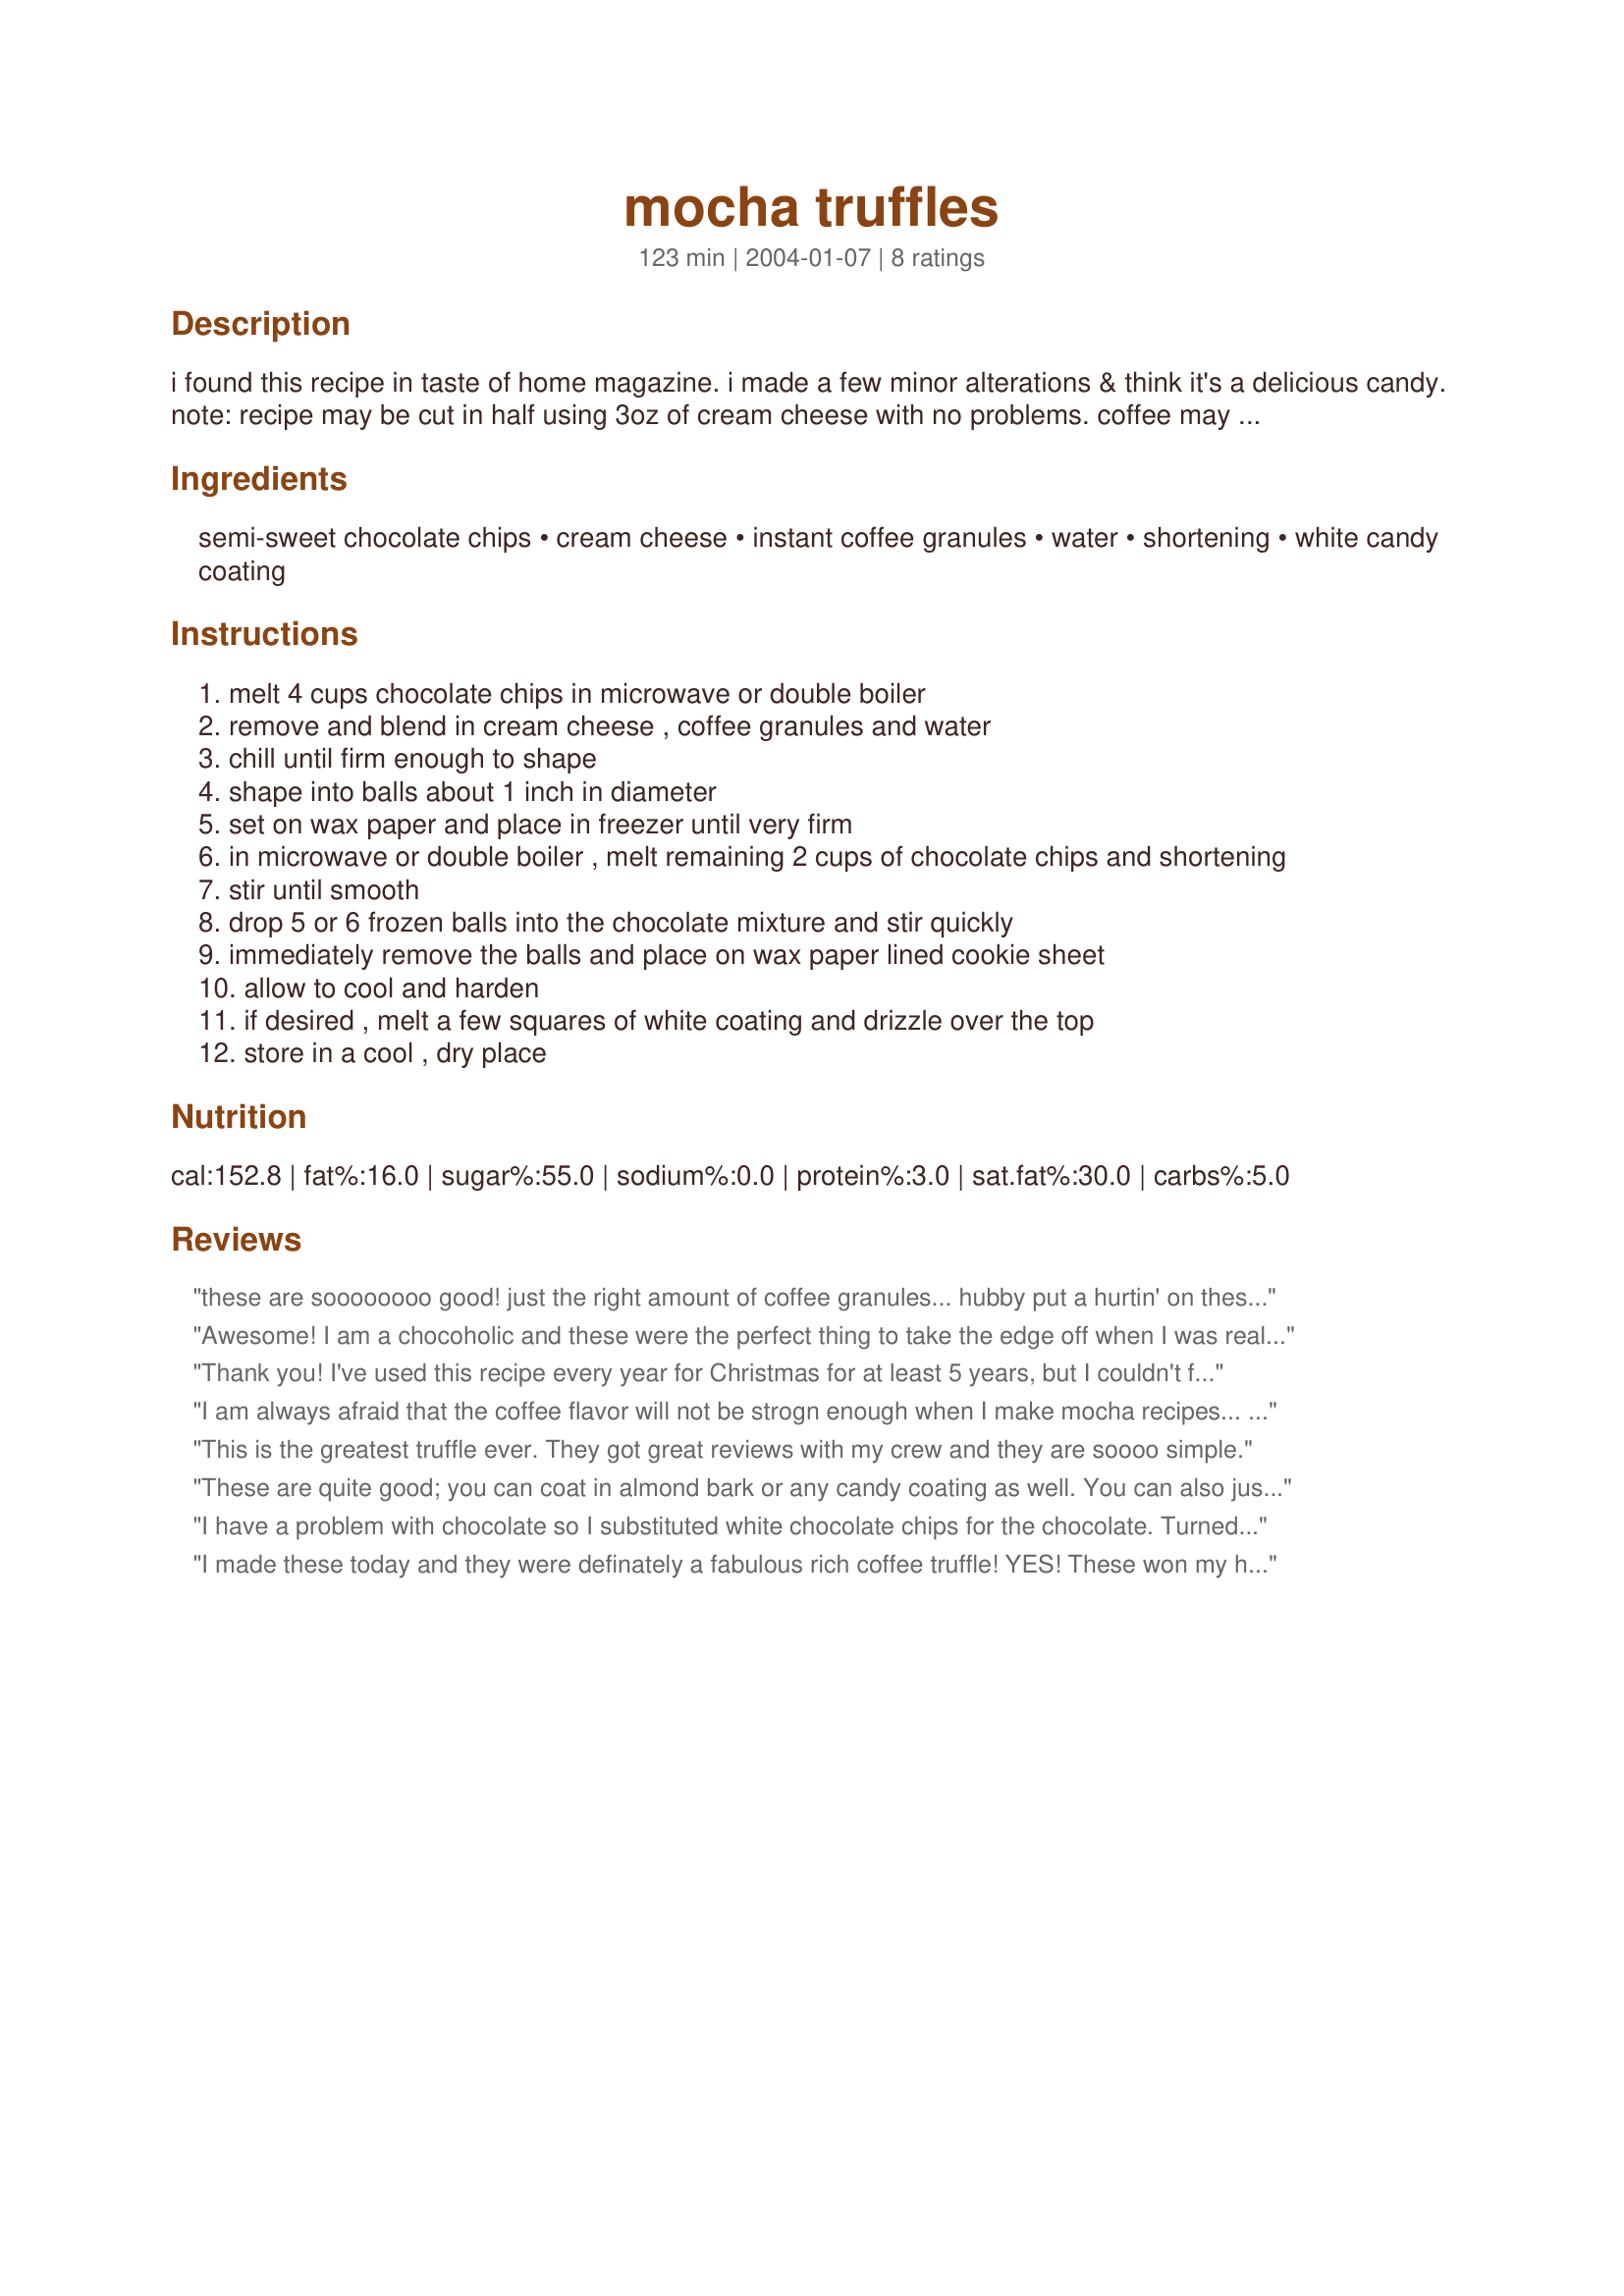
mocha truffles
Preparation time: 123 minutes

i found this recipe in taste of home magazine. i made a few minor alterations & think it's a delicious candy. note: recipe may be cut in half using 3oz of cream cheese with no problems. coffee may be reduced to taste.

Ingredients:
semi-sweet chocolate chips, cream cheese, instant coffee granules, water, shortening, white candy coating

Steps:
melt 4 cups chocolate chips in microwave or double boiler
remove and blend in cream cheese , coffee granules and water
chill until firm enough to shape
shape into balls about 1 inch in diameter
set on wax paper and place in freezer until very firm
in microwave or double boiler , melt remaining 2 cups of chocolate chips and shortening
stir until smooth
drop 5 or 6 frozen balls into the chocolate mixture and stir quickly
immediately remove the balls and place on wax paper lined cookie sheet
allow to cool and harden
if desired , melt a few squares of white coating and drizzle over the top
store in a cool , dry place

Reviews:
these are soooooooo good! just the right amount of coffee granules... hubby put a hurtin' on these things, lol :) we all loved them!
Awesome! I am a chocoholic and these were the perfect thing to take the edge off when I was really craving chocolate! They're rich enough that you don't want to eat too many at a time. Excellent recipe!
Thank you! I've used this recipe every year for Christmas for at least 5 years, but I couldn't find it this year and thought I would have to use a new recipe. My sister first made these 13 years ago-it is easy and the right dark chocolate/coffee mixture. The one thing I change is I use the chocolate coating from the truffles in the Betty Crocker cookbook. I find it easier to work with and it dries nice and shiny. I heat it in my fondue pot and use the fondue skewers-it keeps the chocolate warm and my fingers cleaner.
Thank you for salvaging my Christmas tradition! 
-Peppermint Wind-
I am always afraid that the coffee flavor will not be strogn enough when I make mocha recipes... so I doubled the coffee granules and water. I won't ever do THAT again, makes these into incredibly strong espresso truffle. I dipped them in dark chocolate and drizzled with melted butterscotch chips.
This is the greatest truffle ever. They got great reviews with my crew and they are soooo simple.
These are quite good; you can coat in almond bark or any candy coating as well. You can also just roll the balls in chopped nuts or in cocoa powder if you prefer. They taste rich and a little tangy from the cream cheese; I do not really notice the coffee but it adds a certain bitter edge of complexity that I prefer in my chocolate. Instead of drizzling with the white candy coat, my sweetie decorates the tops with cookie icing (the kind that sets up hard), it makes a good gift project.
I have a problem with chocolate so I substituted white chocolate chips for the chocolate. Turned out really good!

Tried a second time using white chocolate and 1 tsp. lemon extract + 1 tsp. water instead of coffee and 2 tsp. water. This also got raves from my coworkers.

Only 4 stars because I didn't use the correct chocolate.
I made these today and they were definately a fabulous rich coffee truffle! YES! These won my hubby over and he's not even a coffee fan!
